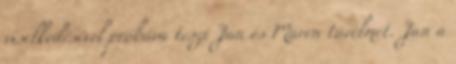
viselkedésével próbára teszi Jan és Maren türelmét. Jan a